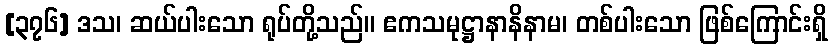
[၃၇၆] ဒသ၊ ဆယ်ပါးသော ရုပ်တို့သည်။ ဧကသမုဋ္ဌာနာနိနာမ၊ တစ်ပါးသော ဖြစ်ကြောင်းရှိ